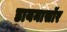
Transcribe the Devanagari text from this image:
डायनासॉर